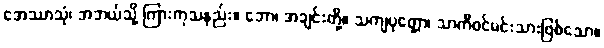
အေဿာသုံ၊ အဘယ်သို့ ကြားကုသနည်း။ ဘော၊ အချင်းတို့။ သကျပုတ္တော၊ သာကီဝင်မင်းသားဖြစ်သော။